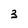
Character: 3